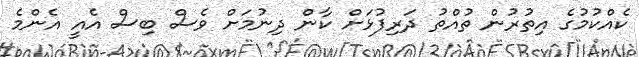
ކެއްކުމުގެ އިތުރުން ތުއްތު ދަރިފުޅަށް ކާން ދިނުމަށް ވެސް ބިސް އެއީ އެންމެ